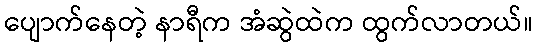
ပျောက်နေတဲ့ နာရီက အံဆွဲထဲက ထွက်လာတယ်။